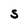
Character: S